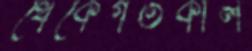
থেকেগতকাল